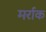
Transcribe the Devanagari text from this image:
मर्राक